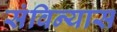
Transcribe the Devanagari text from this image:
संविन्यास